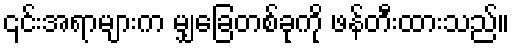
၎င်းအရာများက မျှခြေတစ်ခုကို ဖန်တီးထားသည်။